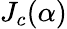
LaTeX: J_{c}(\alpha)